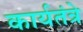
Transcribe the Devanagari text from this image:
कार्यतंत्रे